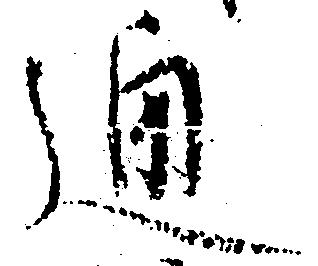
通